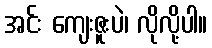
အင်း ကျေးဇူးပဲ၊ လိုလို့ပါ။